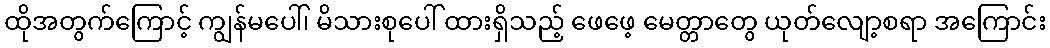
ထိုအတွက်ကြောင့် ကျွန်မပေါ်၊ မိသားစုပေါ် ထားရှိသည့် ဖေဖေ့ မေတ္တာတွေ ယုတ်လျော့စရာ အကြောင်း